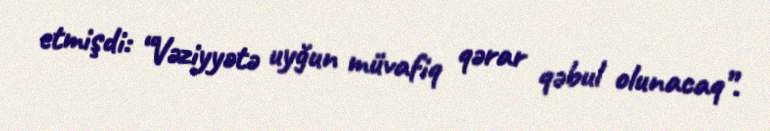
etmişdi: “Vəziyyətə uyğun müvafiq qərar qəbul olunacaq”.